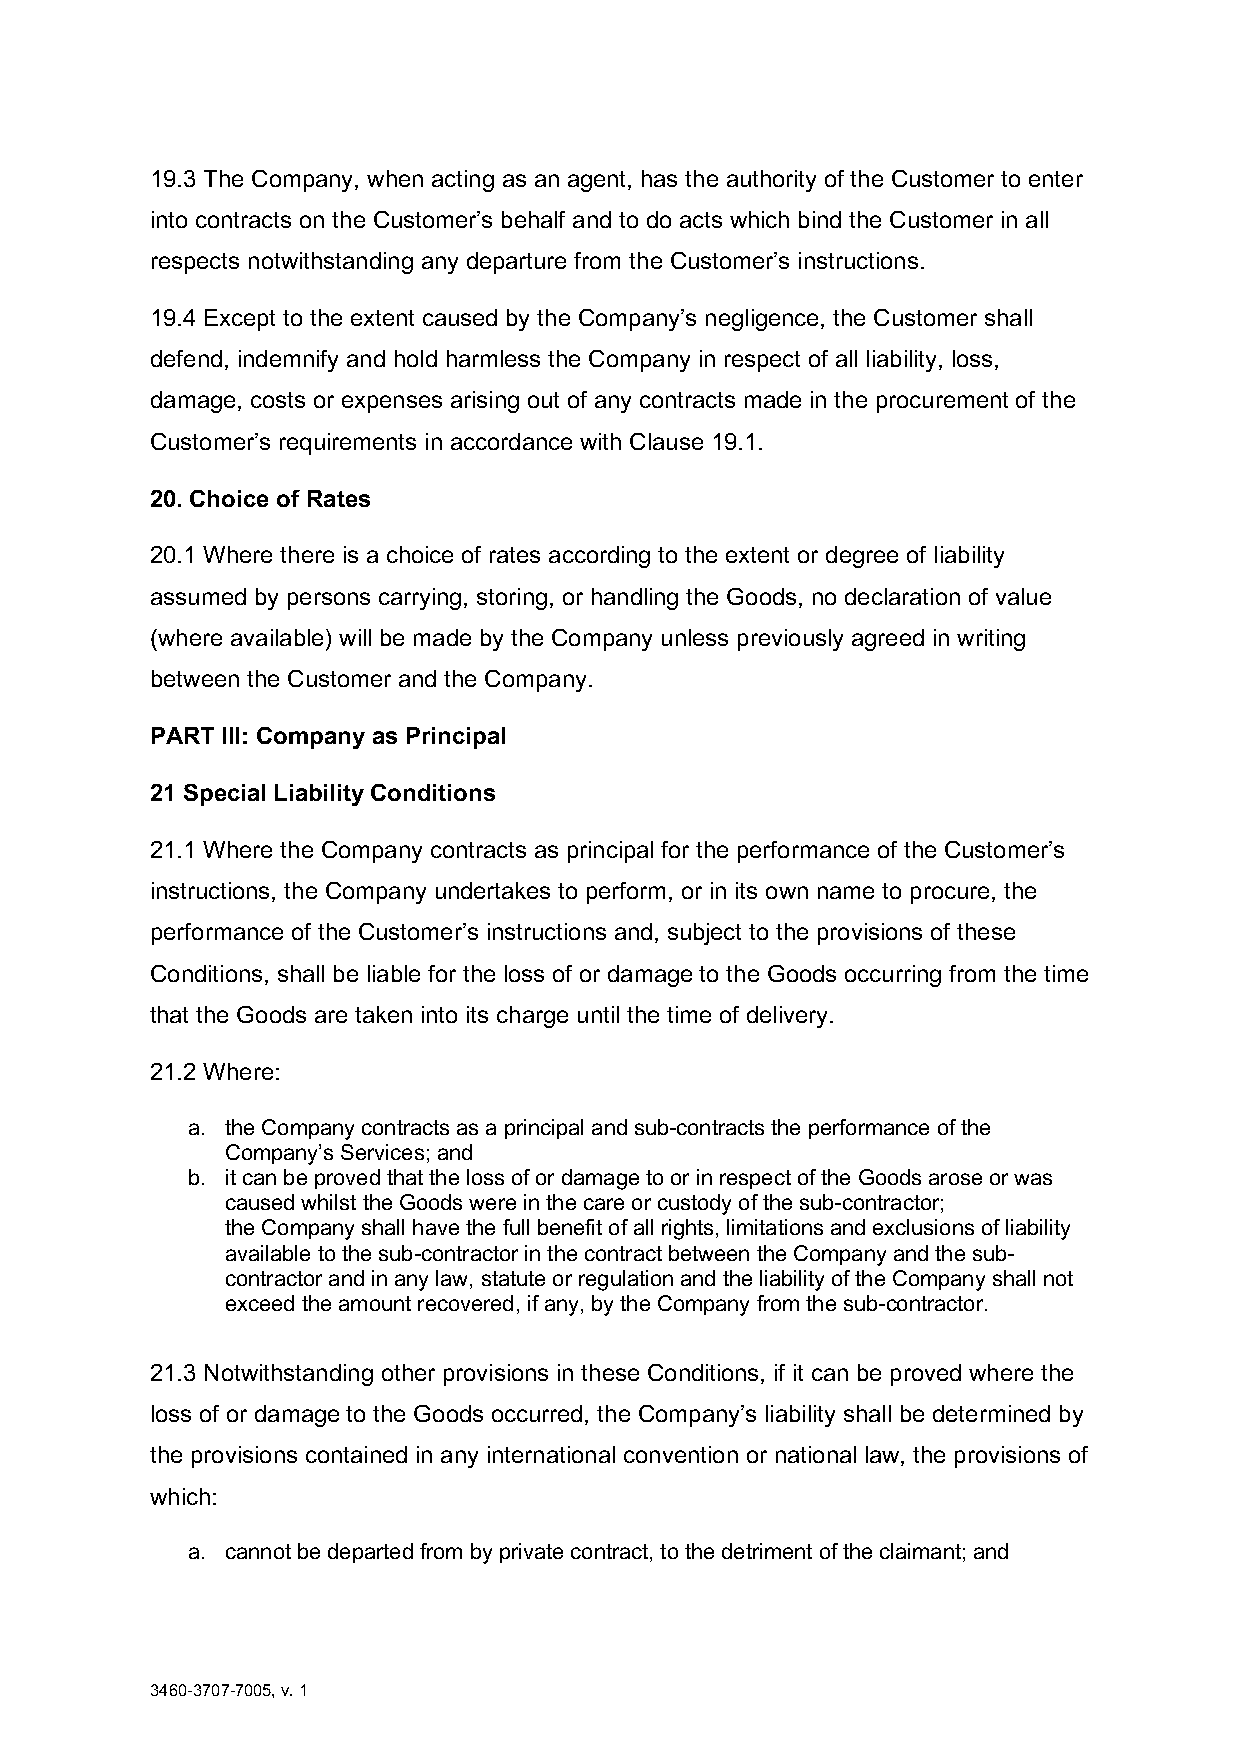
19.3 The Company, when acting as an agent, has the authority of the Customer to enter
 into contracts on the Customer’s behalf and to do acts which bind the Customer in all
 respects notwithstanding any departure from the Customer’s instructions.
 19.4 Except to the extent caused by the Company’s negligence, the Customer shall
 defend, indemnify and hold harmless the Company in respect of all liability, loss,
 damage, costs or expenses arising out of any contracts made in the procurement of the
 Customer’s requirements in accordance with Clause 19.1.
 20. Choice of Rates
 20.1 Where there is a choice of rates according to the extent or degree of liability
 assumed by persons carrying, storing, or handling the Goods, no declaration of value
 (where available) will be made by the Company unless previously agreed in writing
 between the Customer and the Company.
 PART III: Company as Principal
 21 Special Liability Conditions
 21.1 Where the Company contracts as principal for the performance of the Customer’s
 instructions, the Company undertakes to perform, or in its own name to procure, the
 performance of the Customer’s instructions and, subject to the provisions of these
 Conditions, shall be liable for the loss of or damage to the Goods occurring from the time
 that the Goods are taken into its charge until the time of delivery.
 21.2 Where:
 a. the Company contracts as a principal and sub-contracts the performance of the
 Company’s Services; and
 b. it can be proved that the loss of or damage to or in respect of the Goods arose or was
 caused whilst the Goods were in the care or custody of the sub-contractor;
 the Company shall have the full benefit of all rights, limitations and exclusions of liability
 available to the sub-contractor in the contract between the Company and the sub-
 contractor and in any law, statute or regulation and the liability of the Company shall not
 exceed the amount recovered, if any, by the Company from the sub-contractor.
 21.3 Notwithstanding other provisions in these Conditions, if it can be proved where the
 loss of or damage to the Goods occurred, the Company’s liability shall be determined by
 the provisions contained in any international convention or national law, the provisions of
 which:
 a. cannot be departed from by private contract, to the detriment of the claimant; and
 3460-3707-7005, v. 1